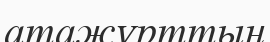
атажұрттың